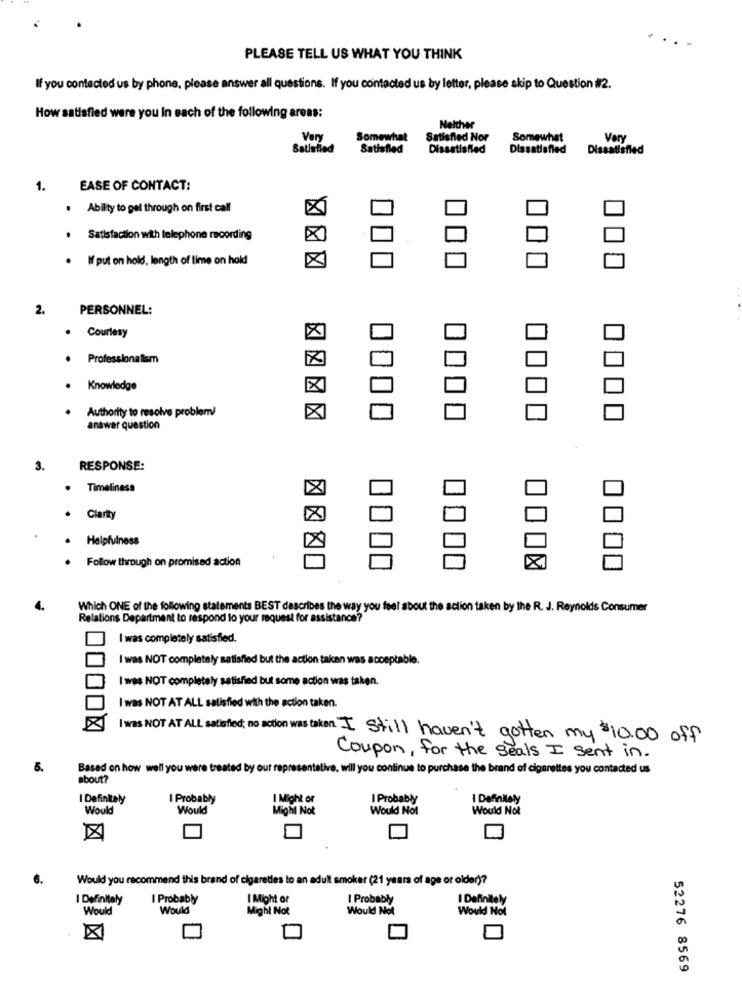
PLEASE TELL US WHAT YOU THINK
If you contacted us by phone, please answer all questions. If you contacted us by letter, please skip to Question #2.
How satisfied were you in each of the following areas:
Neither
Very
Somewhat
Satisfied Nor
Somewhat
Very
Satisfied
Satisfied
Dissatisfied
Dissatisfied
Dissatisfied
1.
EASE OF CONTACT:
. Ability to get through on first call
. Satisfaction with telephone recording
. I put on hold, length of time on hold
2.
PERSONNEL:
· Courtesy
. Professionalism
. Knowledge
. Authority to resolve problem!
answer question
3.
RESPONSE:
Timeliness
X
. Clarity
.
Helpfulness
Follow through on promised action
Which ONE of the following statements BEST describes the way you feel about the action taken by the R. J. Reynolds Consumer
Relations Department to respond to your request for assistance?
I was completely satisfied.
I was NOT completely satisfied but the action taken was acceptable.
I was NOT completely satisfied but some action was taken.
I was NOT AT ALL satisfied with the action taken.
I was NOT AT ALL satisfied; no action was taken. I still haven't gotten my $10.00 off
Coupon, for the seals I sent in .
6.
Based on how well you were treated by our repr
Uive, will you continue to purchase the brand of cigarettes you contacted us
about?
I Definitely
I Probably
I Might or
I Probably
1 Definitely
Would
Would
Might Not
Would Not
Would Not
X
Would you recommend this brand of cigaretles to an adult smoker (21 years of age or older)?
I Definitely
I Probably
I Might or
I Probably
I Definitely
Would
Would
Might Not
Would Not
Would Not
52276 8569